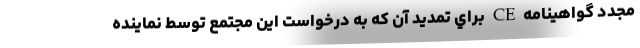
مجدد گواهينامه CE براي تمديد آن كه به درخواست اين مجتمع توسط نماينده